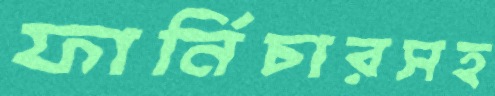
ফার্নিচারসহ